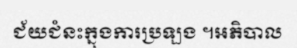
ជ័យជំនះក្នុងការប្រឡង ។អភិបាល